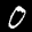
Label: 0